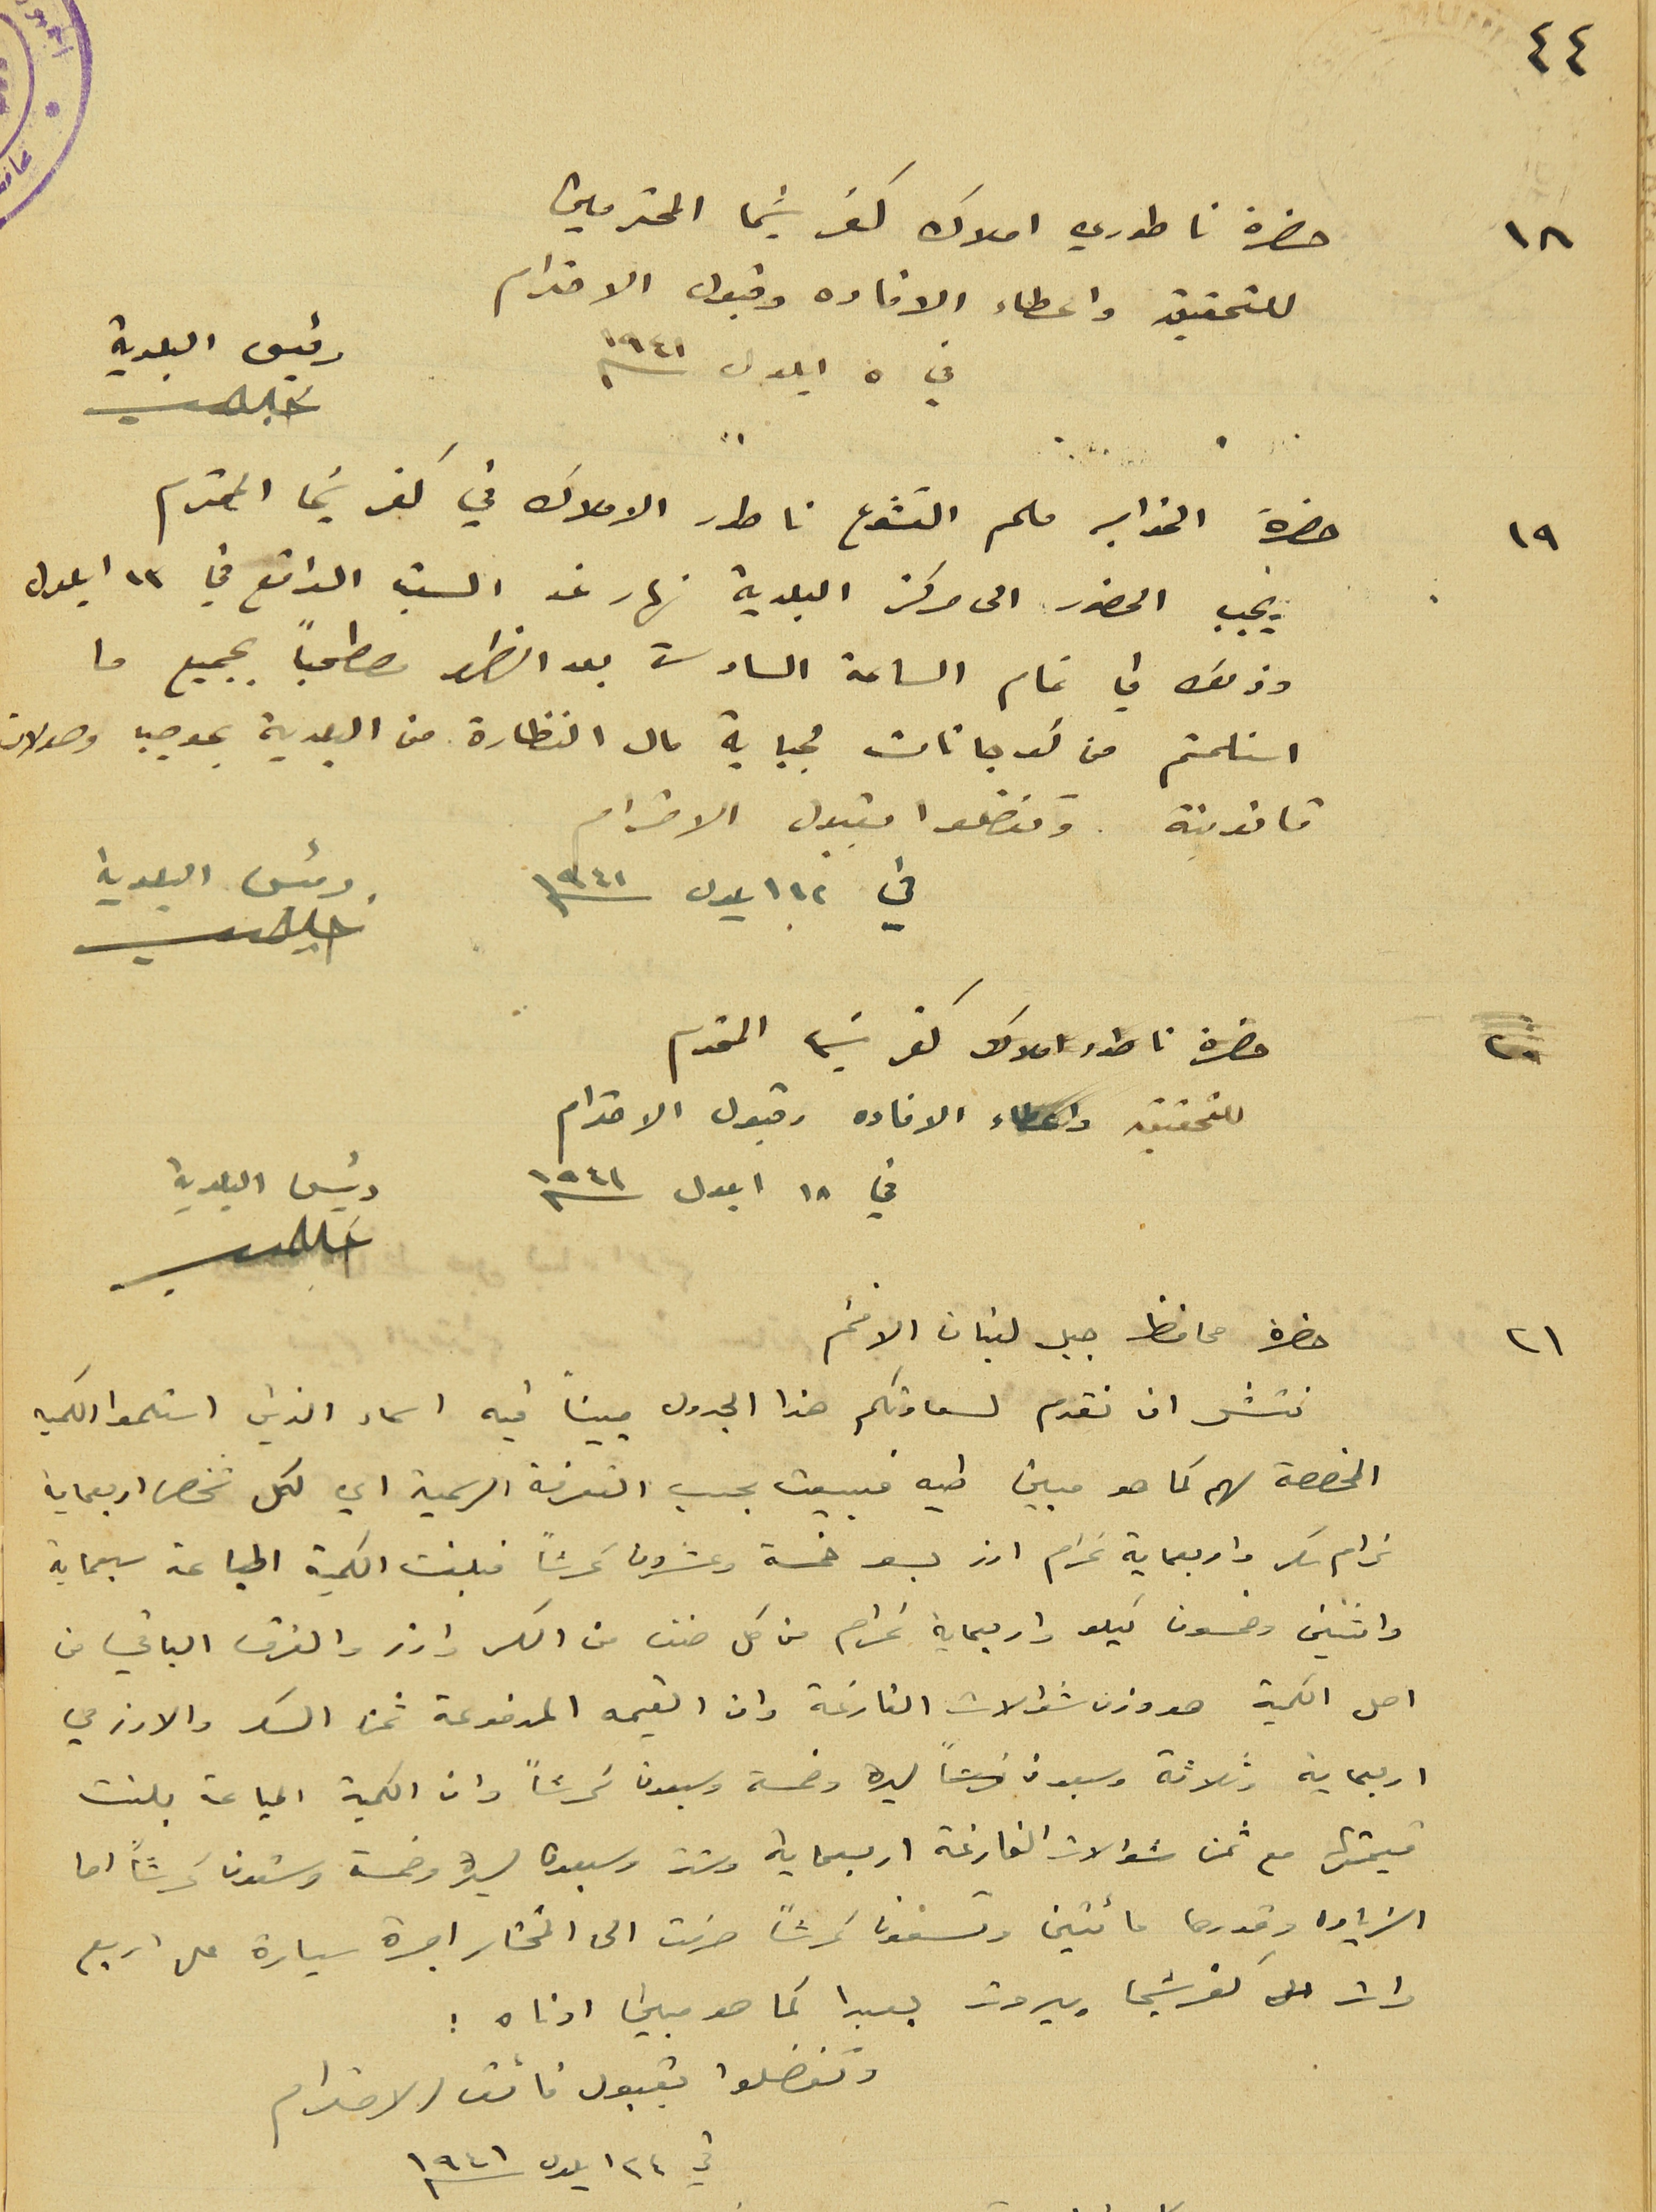
حضرة ناطوري املاك كفرشيما المحترمين
 للتحقيق واعطاء الافاده وقبول الاحترام
في ٥ ايلول سنه ١٩٤١
رئيس البلدية
حضرة الخواجه ملحم القشوع ناطور الاملاك في كفرشيما المحترم
يجب الحضور الى مركز البلدية نهار غد الست الواقع في ١٣ ايلول
وذلك في تمام الساعة السادسة بعد الظهر مصطحباً بجميع ما
استلمتم من كوجانات لجباية مال النظارة من البلدية بموجب وصولات
قانونية وتفضلوا بقبول الاحترام
في ١٢ ايلول سنه ١٩٤١
رئيس البلدية
حضرة ناطور املاك كفرشيما المحترم
 للتحقيق واعطاء الافاده وقبول الاحترام
في ١٨ ايلول سنه ١٩٤١
حضرة محافظ جبل لبنان الافخم
 نتشر ان نقدم لسعادتكم هذا الجدول مبيناً فيه اسماء الذين استلموا الكميه
 المخصصة لهم كما هو مبين طيه فبيعت بحسب التعرفة الرسمية اي لكل شخص اربعماية
غرام سكر واربعماية غرام ارز بسعر خمسة وعشرون غرشاً فبلغت الكمية المباعة سبعماية
 واثنين وخمسون كيلو واربعماية غرام من كل صنف من السكر وارز والفرق الباقي من
 اصل الكمية هو وزن شوالات الفارغة وان القيمه المدفوعة ثمن السكر والارز هي
اربعماية وثلاثة وسبعون ليره وخمسة وسبعون غرشاً وان الكمية المباعة بلغت
قيمتها مع ثمن شوالات الفارغة اربعماية وستة وسبعون ليرة وخمسة وستون غرشاً اما
الزياده وقدرها مائتين وتسعون غرشاً صرفت الى المختار اجرة سيارة على اربع
رئيس البلدية
مرات كفرشيما بيروت بعبدا كما هو مبين ادناه
وتفضلوا بقبول فائق الاحترام
في ٢٤ ايلول سنه ١٩٤١
٤٤
١٨
١٩
٢٠
٢١